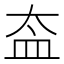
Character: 盇